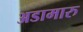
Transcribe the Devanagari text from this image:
अडामारु